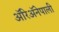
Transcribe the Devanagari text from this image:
ॲरिॲनेपाली